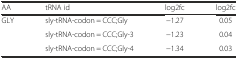
| AA | tRNA id | log2fc | log2fc |
 | --- | --- | --- | --- |
 | <ROWSPAN=3> GLY | sly-tRNA-codon = CCC;Gly | −1.27 | 0.05 |
 | sly-tRNA-codon = CCC;Gly-3 | −1.23 | 0.04 |
 | sly-tRNA-codon = CCC;Gly-4 | −1.34 | 0.03 |